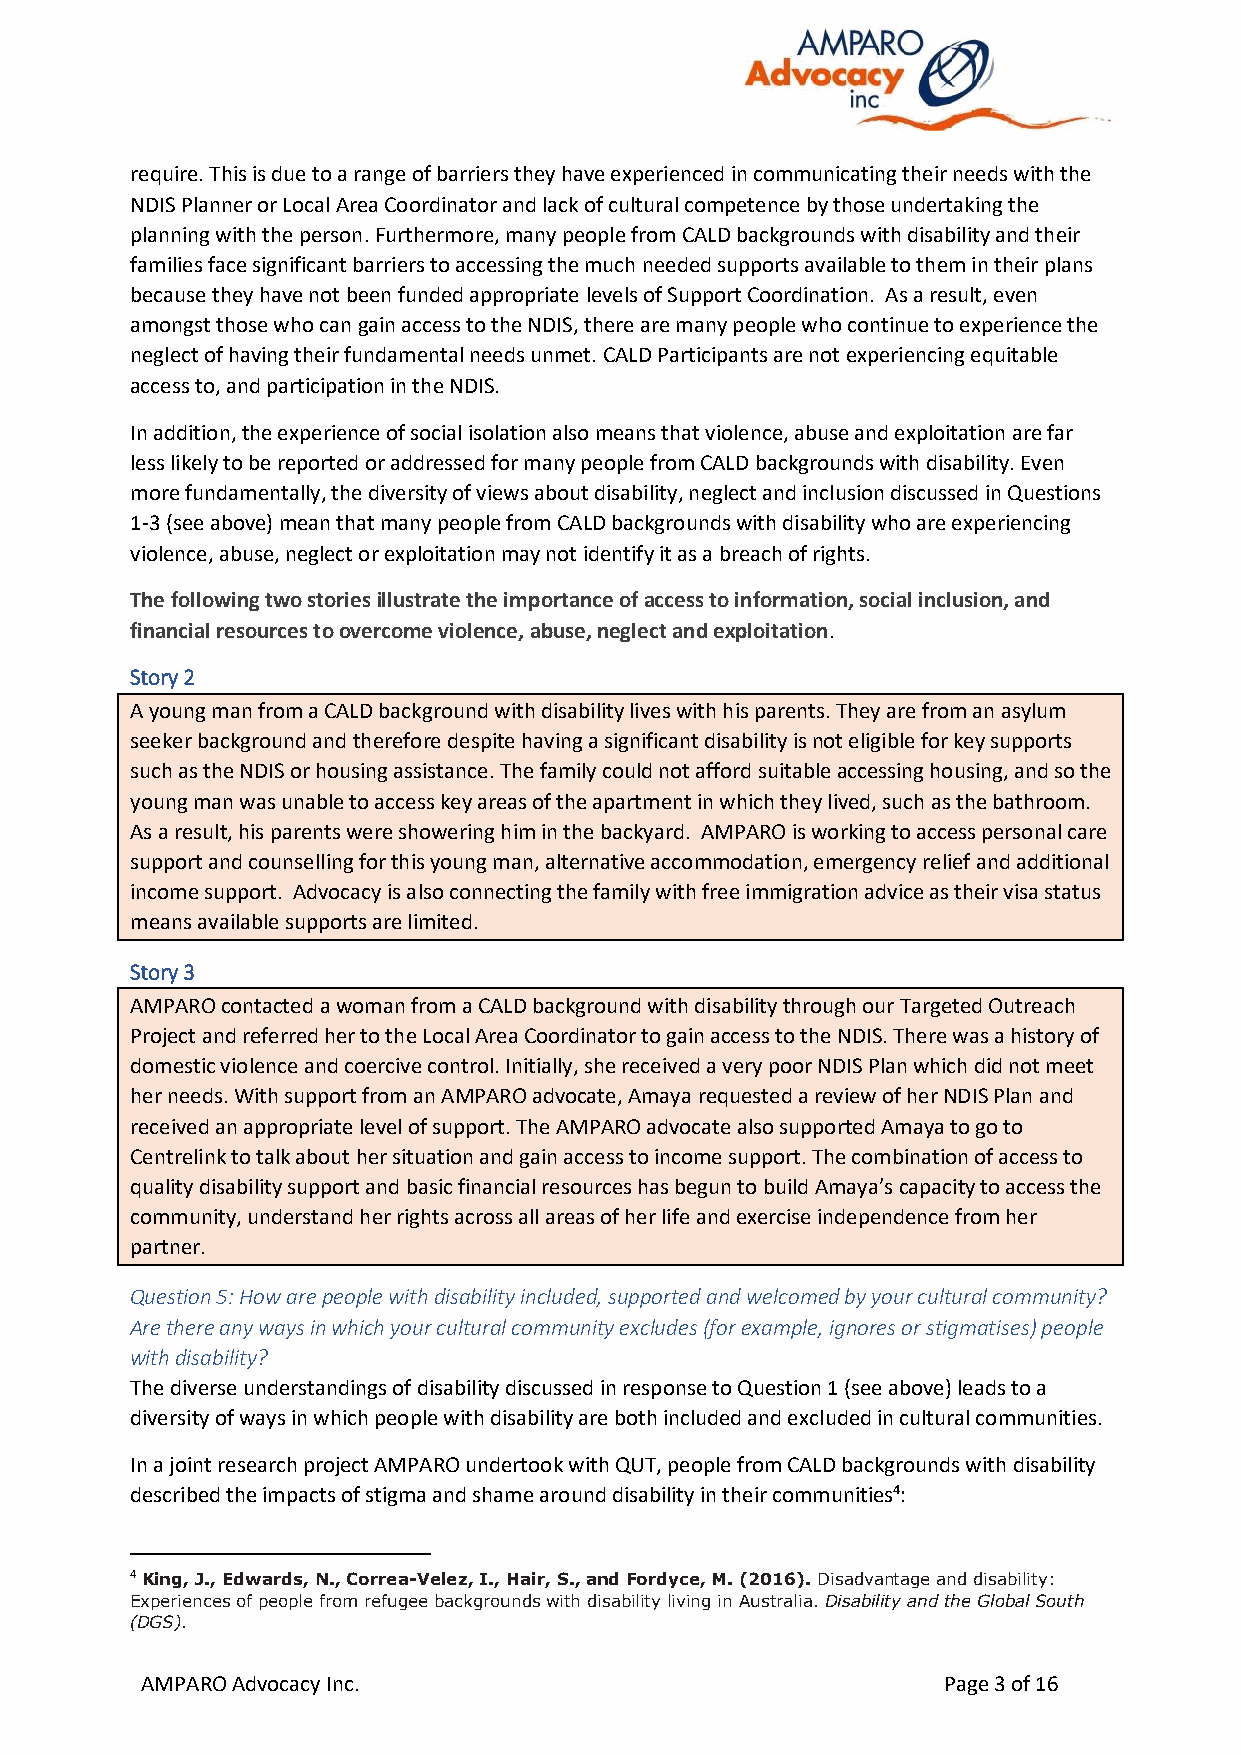
require. This is due to a range of barriers they have experienced in communicating their needs with the
 NDIS Planner or Local Area Coordinator and lack of cultural competence by those undertaking the
 planning with the person. Furthermore, many people from CALD backgrounds with disability and their
 families face significant barriers to accessing the much needed supports available to them in their plans
 because they have not been funded appropriate levels of Support Coordination. As a result, even
 amongst those who can gain access to the NDIS, there are many people who continue to experience the
 neglect of having their fundamental needs unmet. CALD Participants are not experiencing equitable
 access to, and participation in the NDIS.
 In addition, the experience of social isolation also means that violence, abuse and exploitation are far
 less likely to be reported or addressed for many people from CALD backgrounds with disability. Even
 more fundamentally, the diversity of views about disability, neglect and inclusion discussed in Questions
 1-3 (see above) mean that many people from CALD backgrounds with disability who are experiencing
 violence, abuse, neglect or exploitation may not identify it as a breach of rights.
 The following two stories illustrate the importance of access to information, social inclusion, and
 financial resources to overcome violence, abuse, neglect and exploitation.
 Story 2
 A young man from a CALD background with disability lives with his parents. They are from an asylum
 seeker background and therefore despite having a significant disability is not eligible for key supports
 such as the NDIS or housing assistance. The family could not afford suitable accessing housing, and so the
 young man was unable to access key areas of the apartment in which they lived, such as the bathroom.
 As a result, his parents were showering him in the backyard. AMPARO is working to access personal care
 support and counselling for this young man, alternative accommodation, emergency relief and additional
 income support. Advocacy is also connecting the family with free immigration advice as their visa status
 means available supports are limited.
 Story 3
 AMPARO contacted a woman from a CALD background with disability through our Targeted Outreach
 Project and referred her to the Local Area Coordinator to gain access to the NDIS. There was a history of
 domestic violence and coercive control. Initially, she received a very poor NDIS Plan which did not meet
 her needs. With support from an AMPARO advocate, Amaya requested a review of her NDIS Plan and
 received an appropriate level of support. The AMPARO advocate also supported Amaya to go to
 Centrelink to talk about her situation and gain access to income support. The combination of access to
 quality disability support and basic financial resources has begun to build Amaya’s capacity to access the
 community, understand her rights across all areas of her life and exercise independence from her
 partner.
 Question 5: How are people with disability included, supported and welcomed by your cultural community?
 Are there any ways in which your cultural community excludes (for example, ignores or stigmatises) people
 with disability?
 The diverse understandings of disability discussed in response to Question 1 (see above) leads to a
 diversity of ways in which people with disability are both included and excluded in cultural communities.
 In a joint research project AMPARO undertook with QUT, people from CALD backgrounds with disability
 described the impacts of stigma and shame around disability in their communities4:
 4 King, J., Edwards, N., Correa-Velez, I., Hair, S., and Fordyce, M. (2016). Disadvantage and disability:
 Experiences of people from refugee backgrounds with disability living in Australia. Disability and the Global South
 (DGS).
 AMPARO Advocacy Inc.                                 Page 3 of 16